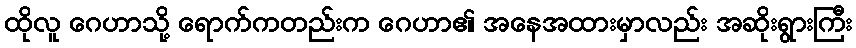
ထိုလူ ဂေဟာသို့ ရောက်ကတည်းက ဂေဟာ၏ အနေအထားမှာလည်း အဆိုးရွားကြီး